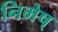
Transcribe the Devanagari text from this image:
निमेष्